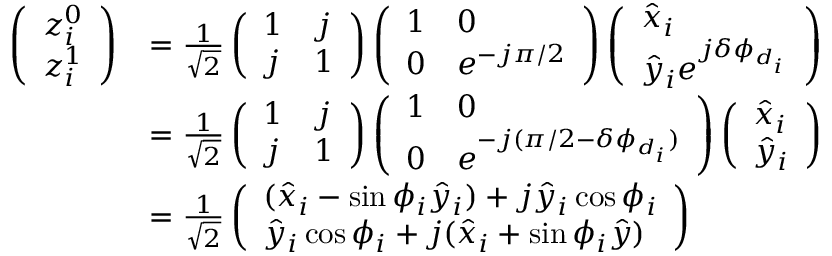
\begin{array} { r l } { \left( \begin{array} { l } { z _ { i } ^ { 0 } } \\ { z _ { i } ^ { 1 } } \end{array} \right) } & { = \frac { 1 } { \sqrt { 2 } } \left( \begin{array} { l l } { 1 } & { j } \\ { j } & { 1 } \end{array} \right) \left( \begin{array} { l l } { 1 } & { 0 } \\ { 0 } & { e ^ { - j \pi / 2 } } \end{array} \right) \left( \begin{array} { l } { \hat { x } _ { i } } \\ { \hat { y } _ { i } e ^ { j \delta \phi _ { d _ { i } } } } \end{array} \right) } \\ & { = \frac { 1 } { \sqrt { 2 } } \left( \begin{array} { l l } { 1 } & { j } \\ { j } & { 1 } \end{array} \right) \left( \begin{array} { l l } { 1 } & { 0 } \\ { 0 } & { e ^ { - j ( \pi / 2 - \delta \phi _ { d _ { i } } ) } } \end{array} \right) \left( \begin{array} { l } { \hat { x } _ { i } } \\ { \hat { y } _ { i } } \end{array} \right) } \\ & { = \frac { 1 } { \sqrt { 2 } } \left( \begin{array} { l } { ( \hat { x } _ { i } - \sin \phi _ { i } \hat { y } _ { i } ) + j \hat { y } _ { i } \cos \phi _ { i } } \\ { \hat { y } _ { i } \cos \phi _ { i } + j ( \hat { x } _ { i } + \sin \phi _ { i } \hat { y } ) } \end{array} \right) } \end{array}